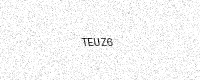
Text: TEUZ6